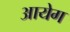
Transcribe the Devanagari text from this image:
आयेग